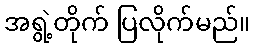
အရွဲ့တိုက် ပြလိုက်မည်။